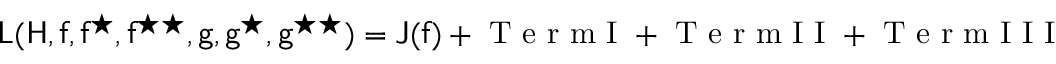
\begin{array} { r } { \mathsf { L } ( \mathsf { H } , \mathsf { f } , \mathsf { f } ^ { \star } , \mathsf { f } ^ { \star \star } , \mathsf { g } , \mathsf { g } ^ { \star } , \mathsf { g } ^ { \star \star } ) = \mathsf { J } ( \mathsf { f } ) + \mathrm { ~ T ~ e ~ r ~ m ~ I ~ } + \mathrm { ~ T ~ e ~ r ~ m ~ I ~ I ~ } + \mathrm { ~ T ~ e ~ r ~ m ~ I ~ I ~ I ~ } } \end{array}